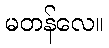
မတန်လေ။